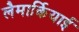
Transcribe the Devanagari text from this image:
लैमार्कियाई